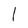
Character: I